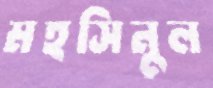
মহসিনুল